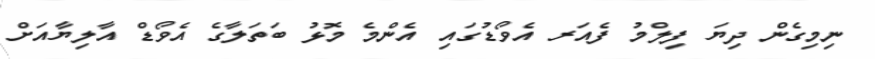
ނިމިގެން ދިޔަ ފިލްމު ފެއަރ އެވޯޑުގައި އެންމެ މޮޅު ބަތަލާގެ އެވޯޑް އާލިޔާއަށް